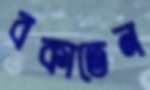
বকাতেন